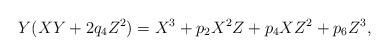
LaTeX: \begin{align*} Y ( XY + 2 q_4 Z^2) = X^3 + p_2 X^2 Z + p_4 X Z^2 + p_6 Z^3, \end{align*}